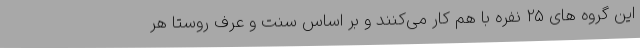
این گروه های 25 نفره با هم کار می‌کنند و بر اساس سنت و عرف روستا هر